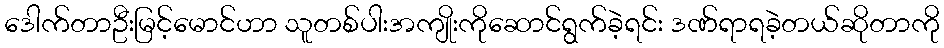
ဒေါက်တာဦးမြင့်မောင်ဟာ သူတစ်ပါးအကျိုးကိုဆောင်ရွက်ခဲ့ရင်း ဒဏ်ရာရခဲ့တယ်ဆိုတာကို